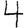
Digit: 4